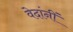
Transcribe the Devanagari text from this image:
वेदांनीं